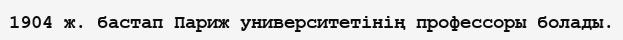
1904 ж. бастап Париж университетiнiң профессоры болады.